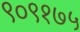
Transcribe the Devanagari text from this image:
९०९१७५